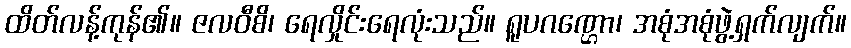
ထိတ်လန့်ကုန်၏။ ဇလဝီစိ၊ ရေလှိုင်းရေလုံးသည်။ ရူပဂဏ္ဌော၊ အစုံအစုံဖွဲ့ရှက်လျက်။